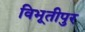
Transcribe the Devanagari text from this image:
विभूतीपुर